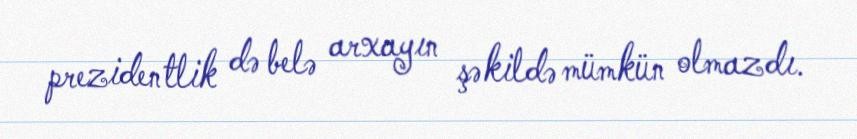
prezidentlik də belə arxayın şəkildə mümkün olmazdı.